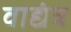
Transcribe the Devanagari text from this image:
वाद्यंत्र